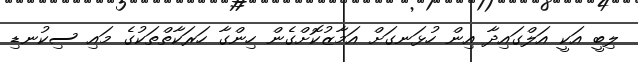
ލިބީ އަކީ އަލްގައިދާ އިން ހުޅަނގަށް އަމާޒުކޮށްގެން ހިންގާ ހަރަކާތްތަކުގެ މައި ސިކުނޑި